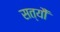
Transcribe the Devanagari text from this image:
सत्यौं